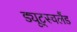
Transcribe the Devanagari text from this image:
ड्यूट्स्चलैंड